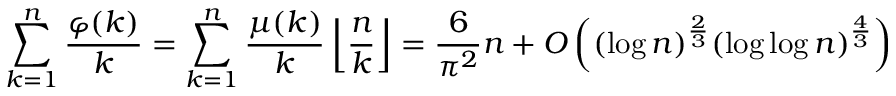
\sum _ { k = 1 } ^ { n } { \frac { \varphi ( k ) } { k } } = \sum _ { k = 1 } ^ { n } { \frac { \mu ( k ) } { k } } \left\lfloor { \frac { n } { k } } \right\rfloor = { \frac { 6 } { \pi ^ { 2 } } } n + O \left( ( \log n ) ^ { \frac { 2 } { 3 } } ( \log \log n ) ^ { \frac { 4 } { 3 } } \right)